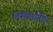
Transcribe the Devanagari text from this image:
दरबारांतील